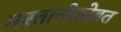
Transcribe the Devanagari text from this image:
मस्तानीसोबत